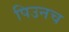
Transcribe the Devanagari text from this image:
पिउनच